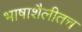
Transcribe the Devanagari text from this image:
भाषाशैलीतच